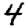
Digit: 4